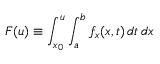
F ( u ) \equiv \int _ { x _ { 0 } } ^ { u } \int _ { a } ^ { b } f _ { x } ( x , t ) \, d t \, d x